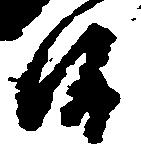
候